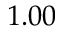
1 . 0 0